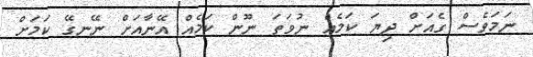
ނަމަވެސް ގެއަށް ދިޔަ ކަމެއް ނުވަތަ ނޫން ކަމެއް އޭނާއަށް ނޭނގޭ ކަމަށް